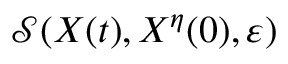
\mathcal { S } ( X ( t ) , X ^ { \eta } ( 0 ) , \varepsilon )